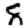
Digit: 8